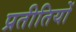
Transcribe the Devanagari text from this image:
प्रतीतियों